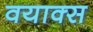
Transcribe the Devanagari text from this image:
वयाक्स